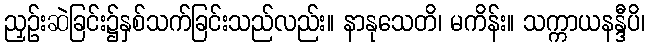
ညှဉ်းဆဲခြင်း၌နှစ်သက်ခြင်းသည်လည်း။ နာနုသေတိ၊ မကိန်း။ သက္ကာယနန္ဒီပိ၊